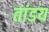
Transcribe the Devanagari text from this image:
तांडय